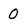
Character: 0